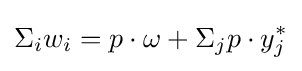
\Sigma _{i}w_{i}=p\cdot \omega +\Sigma _{j}p\cdot y_{j}^{*}